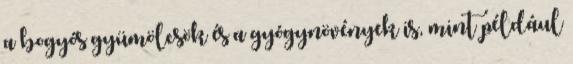
a bogyós gyümölcsök és a gyógynövények is, mint például